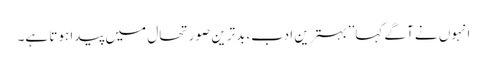
انہوں نے آگے کہا’’بہترین ادب،بدترین صورتحال میں پیدا ہوتا ہے۔